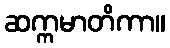
ဆက္ကမာတိကာ။